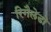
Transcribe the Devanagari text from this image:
रिगैलेडो